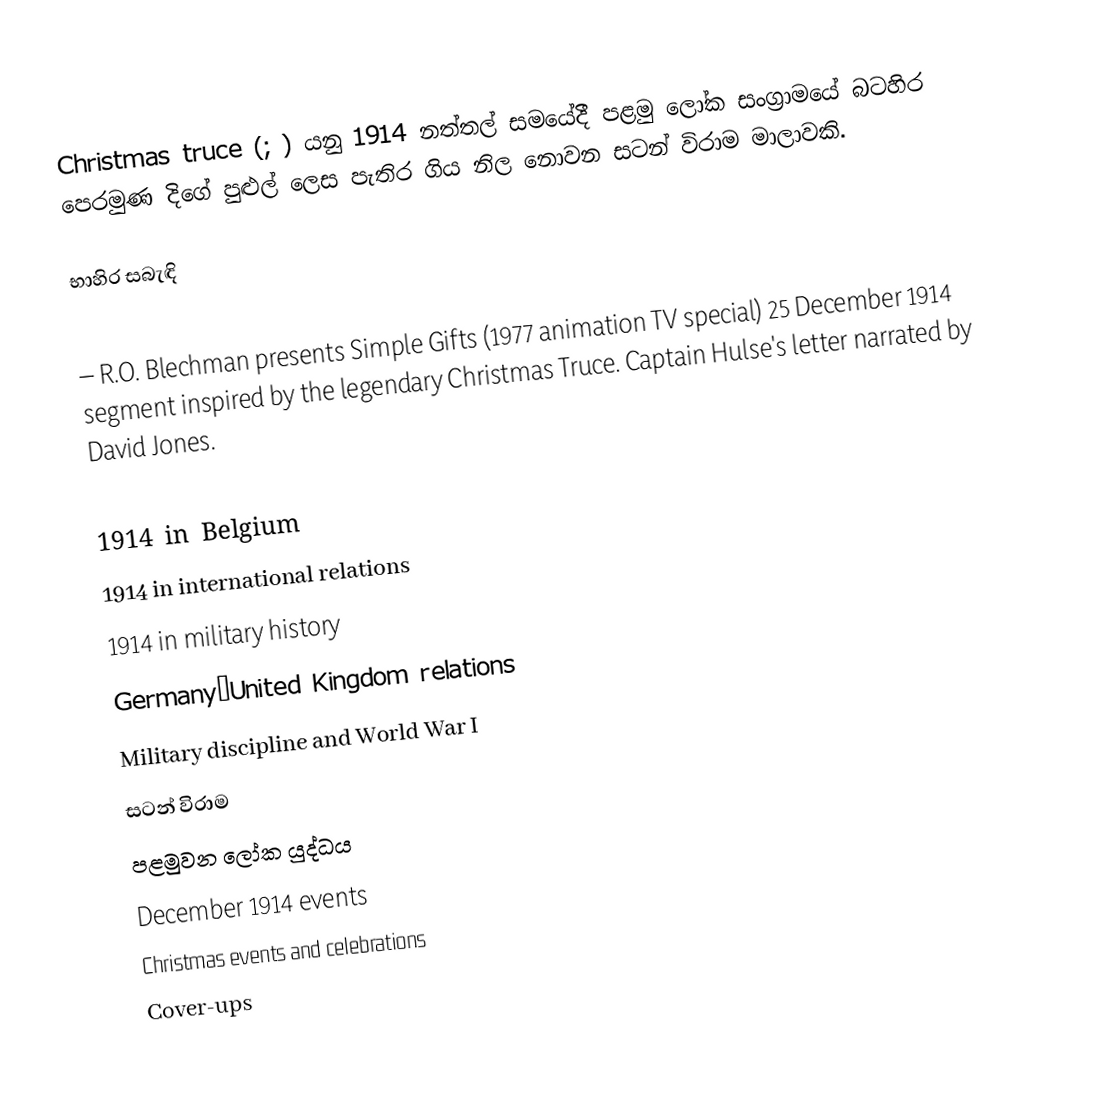
Christmas truce (; ) යනු 1914 නත්තල් සමයේදී පළමු ලෝක සංග්‍රාමයේ බටහිර පෙරමුණ දිගේ පුළුල් ලෙස පැතිර ගිය නිල නොවන සටන් විරාම මාලාවකි.

භාහිර සබැඳි

  – R.O. Blechman presents Simple Gifts (1977 animation TV special) 25 December 1914 segment inspired by the legendary Christmas Truce. Captain Hulse's letter narrated by David Jones.

1914 in Belgium
1914 in international relations
1914 in military history
Germany–United Kingdom relations
Military discipline and World War I
සටන් විරාම
පළමුවන ලෝක යුද්ධය
December 1914 events
Christmas events and celebrations
Cover-ups